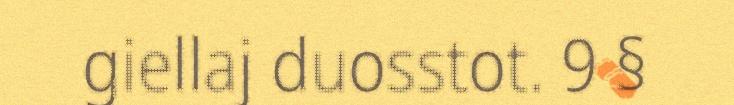
giellaj duosstot. 9 §